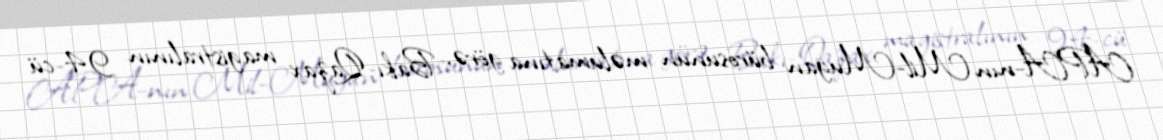
APA-nın Mil-Muğan bürosunun məlumatına görə, Bakı-Qazax magistralının 94-cü